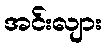
အင်းလျား